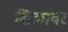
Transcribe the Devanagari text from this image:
शिळांवर